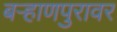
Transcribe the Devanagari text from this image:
बऱ्हाणपुरावर